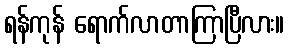
ရန်ကုန် ရောက်လာတာကြာပြီလား။